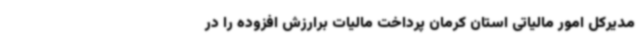
مدیرکل امور مالیاتی استان کرمان پرداخت مالیات برارزش افزوده را در